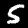
Digit: 5